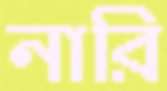
নারি